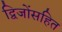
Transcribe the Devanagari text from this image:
द्विजोंसहित